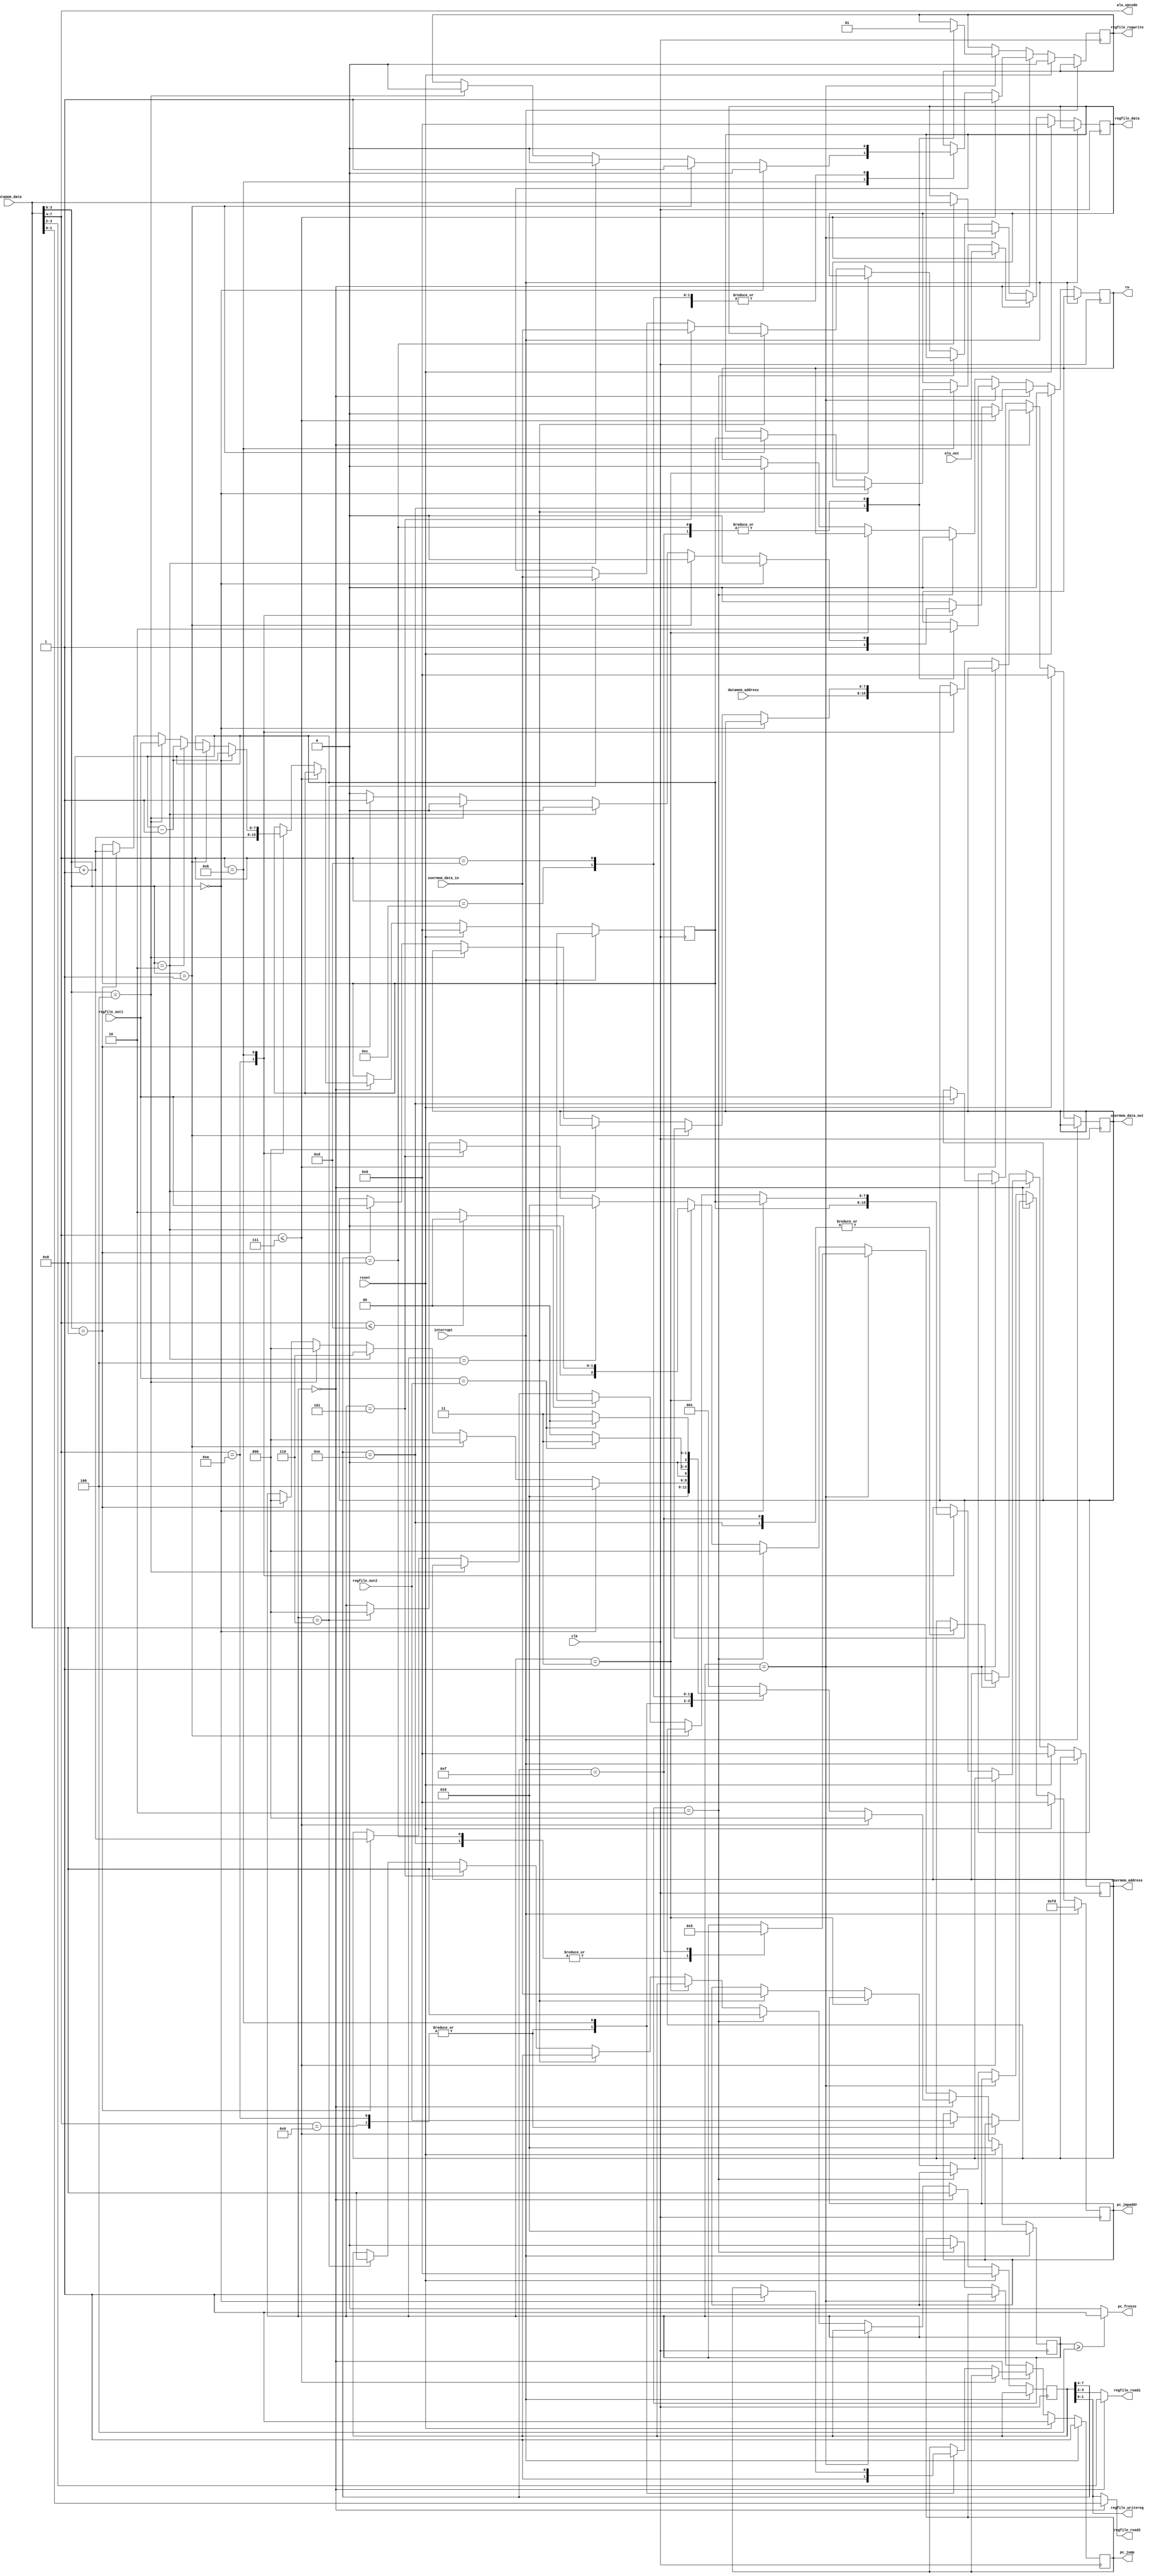
module control_19 (input clk, reset, interrupt,
                input [7:0] datamem_data, datamem_address, regfile_out1, 
                input [7:0] regfile_out2, alu_out, usermem_data_in,
                output reg [3:0] alu_opcode,
                output reg [7:0] regfile_data,usermem_data_out,
                output reg [1:0] regfile_read1, regfile_read2, regfile_writereg,
                output reg [7:0] usermem_address, pc_jmpaddr,
                output reg rw, regfile_regwrite, pc_jump, pc_freeze);
    parameter state0 = 3'h0;
    parameter state1 = 3'h1;
    parameter state2 = 3'h2;
    parameter state3 = 3'h3;
    parameter state4 = 3'h4;
    parameter state5 = 3'h5;
    parameter state6 = 3'h6;
    reg [2:0] stage;
    reg [7:0] instruction_c;
    reg [7:0] instruction;
    reg [7:0] sp;
    reg is_onecyc, is_alu;
    reg eq;
    always @(*) begin
        instruction_c <= datamem_data;
        is_alu <= (instruction_c[7:4] <= 4'h7);
        is_onecyc <= (instruction_c[7:4] <= 4'hd);
        alu_opcode <= instruction_c[7:4];
        regfile_read1 <= (stage == state0) ? instruction_c[3:2] : instruction[3:2];
        regfile_read2 <= (stage == state0) ? instruction_c[1:0] : instruction[1:0];
        regfile_writereg <= instruction[1:0];
        eq <= (regfile_out1 == regfile_out2);
		  pc_freeze <= (stage >= state4) ? 1 : 0;
    end
    always @(posedge clk)
        if(interrupt == 1)
        begin
            pc_jump <= 1;
            pc_jmpaddr <= 8'hfd;
            stage <= state2;
        end
        else if(reset == 1)
        begin
            sp <= 0;
            {instruction, regfile_data, usermem_data_out, usermem_address} <= 8'b0;
            {rw, regfile_regwrite} <= 1'b0;
            pc_jump <= 1;
            pc_jmpaddr <= 8'b0;
            stage <= state2;
        end
        else if (stage == state0)
        begin
            rw <= 0;
            instruction <= datamem_data;
            if (is_alu)
            begin
                rw <= 0;
                regfile_regwrite <= 1;
                regfile_data <= alu_out;
                stage <= state0;
            end
            else if (is_alu == 0) begin
                case (instruction_c[7:4])
                    4'h9 :
                    begin
                        pc_jmpaddr <= regfile_out2;
                        regfile_regwrite <= 0;
                        pc_jump <= 1;
                        stage <= state2;
                    end
                    4'ha :
                    begin
                        rw <= 1;
                        sp <= sp + 1;
                        usermem_address <= sp;
                        usermem_data_out <= datamem_address;
                        pc_jmpaddr <= regfile_out2;
                        regfile_regwrite <= 0;
                        pc_jump <= 1;
                        stage <= state2;
                    end
                    4'hb :
                    begin
                                if(instruction_c[3:0] == 4'h0) begin
                                    pc_jump <= 1;
                                    sp <= sp - 1;
                                    usermem_address <= sp;
                                    regfile_regwrite <= 0;
                                    stage <= state4;
                                end
                                else if(instruction_c[3:0] == 4'h1) begin
                                    regfile_regwrite <= 1;
                                    regfile_data <= sp;
                                    stage <= state0;
                                end
                                else if(instruction_c[3:0] == 4'h2) begin
                                    sp <= sp - 1;
                                    usermem_address <= sp;
                                    regfile_regwrite <= 1;
                                    regfile_regwrite <= 0;
                                    stage <= state6;
                                end
                                else if(instruction_c[3:0] == 4'h4) begin
                                    regfile_regwrite <= 0;
                                    sp <= regfile_out1;
                                    stage <= state0;
                                end
                                else if(instruction_c[3:0] == 4'h8) begin
                                    rw <= 1;
                                    sp <= sp + 1;
                                    usermem_address <= sp + 1;
                                    usermem_data_out <= regfile_out1;
                                    stage <= state0;
                                end
                    end
                    4'hc :
                    begin
                        regfile_regwrite <= 0;
                        if(eq)
                        begin
                            stage <= state3;
                        end
                        else 
                            stage <= state0;
                    end
                    4'hd :
                    begin
                        regfile_regwrite <= 0;
                        if(eq == 0)
                        begin
                            stage <= state3;
                        end
                        else
                            stage <= state0;
                    end
                    default:  stage <= state1;
                endcase
            end
        end
        else if (stage == state1)
        begin
            case (instruction[7:4])
                4'h8 :
                begin
                    rw <= 0;
                    regfile_regwrite <= 1;
                    regfile_data <= datamem_data;
                    stage <= state0;
                end
                4'he :
                begin
                    rw <= 1;
                    regfile_regwrite <= 0;
                    usermem_address <= datamem_data;
                    usermem_data_out <= regfile_out1;
                    stage <= state0;
                end
                4'hf :
                begin
                    rw <= 0;
                    usermem_address <= datamem_data;
                    regfile_regwrite <= 1;
                    stage <= state5;
                end
            endcase
        end
        else if(stage == state2)
        begin
            rw <= 0;
            instruction <= datamem_data;
            pc_jump <= 0;
            stage <= state0;
        end
        else if(stage == state3)
        begin
            if(is_onecyc)
                stage <= state0;
            else
                stage <= state2;
        end
        else if(stage == state4)
        begin
            rw <= 0;
            pc_jmpaddr <= usermem_data_in;
            stage <= state2;
        end
        else if(stage == state5)
        begin
            instruction <= datamem_data;
            regfile_data <= usermem_data_in;
            stage <= state0;
        end
        else if(stage == state6)
        begin
            instruction <= datamem_data;
            regfile_data <= usermem_data_in;
            stage <= state0;
        end
endmodule